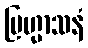
ဗြဟ္မာသနံ